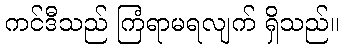
ကင်ဒီသည် ကြံရာမရလျက် ရှိသည်။